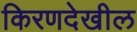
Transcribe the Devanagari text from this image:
किरणदेखील